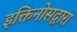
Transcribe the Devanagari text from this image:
इक्तिनोसद्वारा